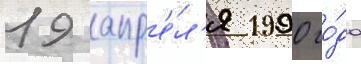
19 апр'е́л'я 1990 го́да